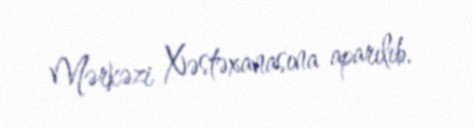
Mərkəzi Xəstəxanasına aparılıb.